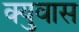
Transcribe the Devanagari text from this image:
क्युवास